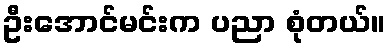
ဦးအောင်မင်းက ပညာ စုံတယ်။